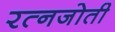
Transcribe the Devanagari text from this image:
रत्नजोती